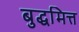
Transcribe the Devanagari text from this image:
बुद्धमित्त